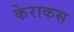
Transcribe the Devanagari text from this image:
केराकस